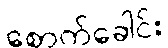
စောက်ခေါင်း